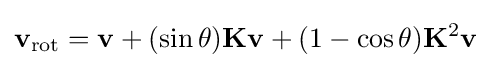
\mathbf {v} _{\mathrm {rot} }=\mathbf {v} +(\sin \theta )\mathbf {K} \mathbf {v} +(1-\cos \theta )\mathbf {K} ^{2}\mathbf {v}